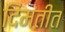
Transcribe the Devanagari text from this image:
दिमतीत